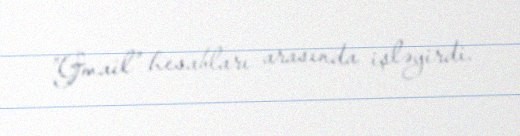
"Gmail" hesabları arasında işləyirdi.